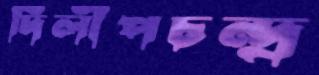
দিলীপচন্দ্র